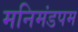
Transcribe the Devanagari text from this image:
मनिमंडपम